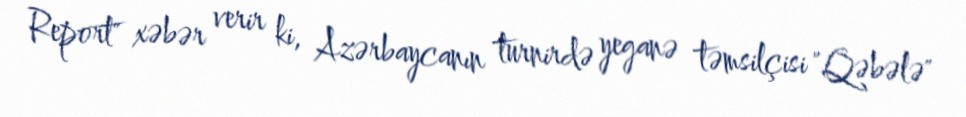
Report" xəbər verir ki, Azərbaycanın turnirdə yeganə təmsilçisi "Qəbələ"